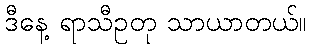
ဒီနေ့ ရာသီဥတု သာယာတယ်။